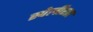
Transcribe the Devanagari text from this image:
स्पेलीरस